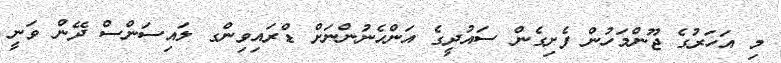
މި އަހަރުގެ ޖޫންމަހުން ފެށިގެން ސައުދީގެ އަންހެނުންނަށް ޑްރައިވިންގ ލައިސަންސް ދޭން ވަނީ